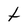
Character: t